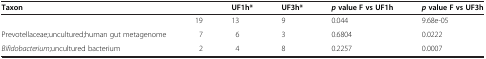
<table><thead><tr><td><b>Taxon</b></td><td>[EMPTY_CELL]</td><td><b>UF1h*</b></td><td><b>UF3h*</b></td><td><b><i>p </i>value F vs UF1h</b></td><td><b><i>p </i>value F vs UF3h</b></td></tr></thead><tbody><tr><td>[EMPTY_CELL]</td><td>19</td><td>13</td><td>9</td><td>0.044</td><td>9.68e-05</td></tr><tr><td>Prevotellaceae;uncultured;human gut metagenome</td><td>7</td><td>6</td><td>3</td><td>0.6804</td><td>0.0222</td></tr><tr><td><i>Bifidobacterium</i>;uncultured bacterium</td><td>2</td><td>4</td><td>8</td><td>0.2257</td><td>0.0007</td></tr></tbody></table>